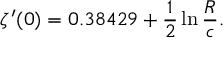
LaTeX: \zeta ^ { \prime } ( 0 ) = 0 . 3 8 4 2 9 + \frac { 1 } { 2 } \ln \frac { R } { c } .